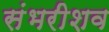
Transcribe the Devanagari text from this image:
संभरीशव